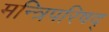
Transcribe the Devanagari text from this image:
मन्त्रिपरिषद्